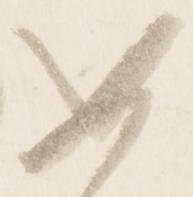
如